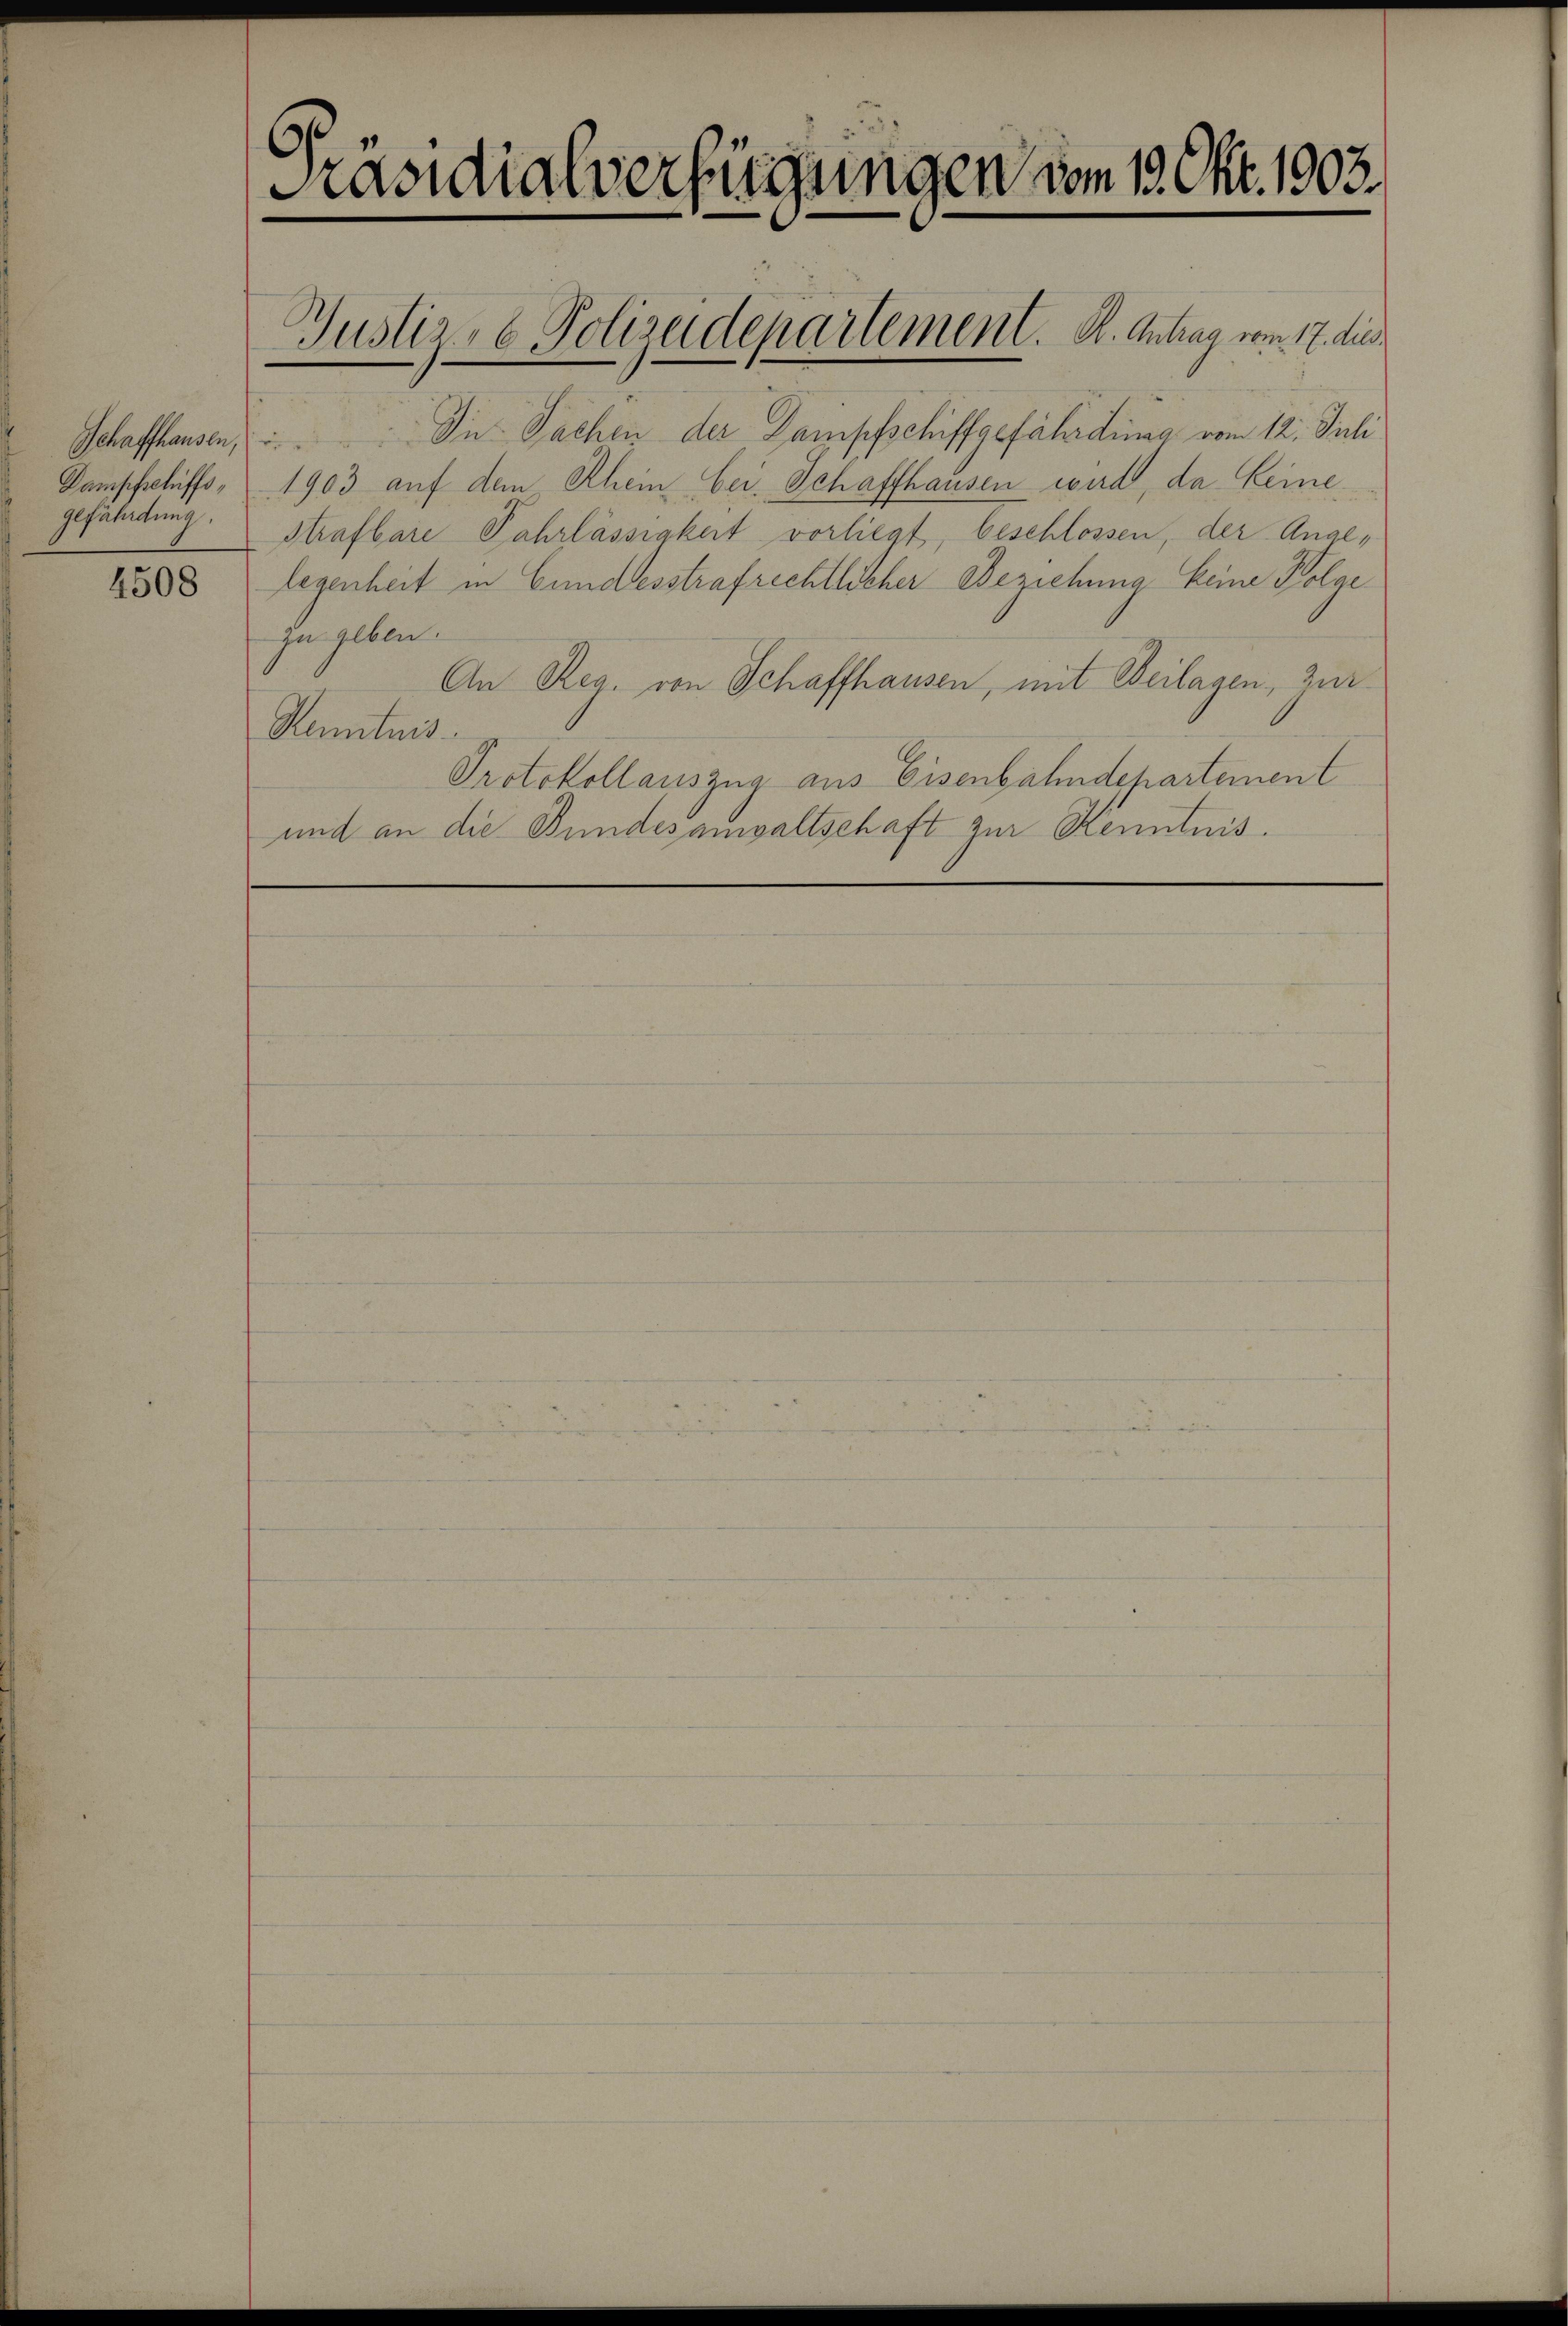
Schaffhausen,
Dampfschiffsgefährdung.

4508

Präsidialverfügungen vom 13. Okt. 1903.

Die Sachen der Dampfschiffgefährdinea vom 12. Juli
1903 auf dem Rhein bei. Schaffhausen wird, da Leine
Strafbare Fahrlässigkeit vorliegt, beschlossen, der Angelegenheit in Gundesstrafrechtlicher Beziehung keine Folge
zu geben.
An Reg. von Schaffhausen, mit Beilagen, zur
Kenntnis.
Protokollauszug aus Eisenbahndepartement
und an die Bundesanwaltschaft zur Kenntnis.

Justiz- & Polizeidepartement. A. Antrag vom 17. dies